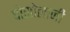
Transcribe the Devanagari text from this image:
पोसोलाजी